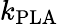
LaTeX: k_{{\mathrm{PLA}}}